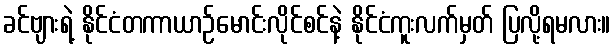
ခင်ဗျားရဲ့ နိုင်ငံတကာယာဉ်မောင်းလိုင်စင်နဲ့ နိုင်ငံကူးလက်မှတ် ပြလို့ရမလား။